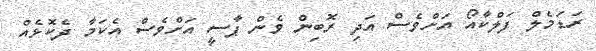
ރަޑަމެލް ފަލްކާއޯ އަށްވެސް އަދި ރޮބިން ވެން ޕާސީ އަށްވެސް އެކަމާ ދެކޮޅެއް